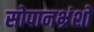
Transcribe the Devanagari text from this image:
सोपानभ्रंशों